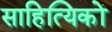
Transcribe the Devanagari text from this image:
साहित्‍यिकों